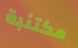
مكتئبة